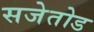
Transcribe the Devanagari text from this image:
सजेतोड